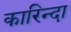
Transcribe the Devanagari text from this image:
कारिन्दा